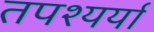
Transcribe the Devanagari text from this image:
तपश्यर्या